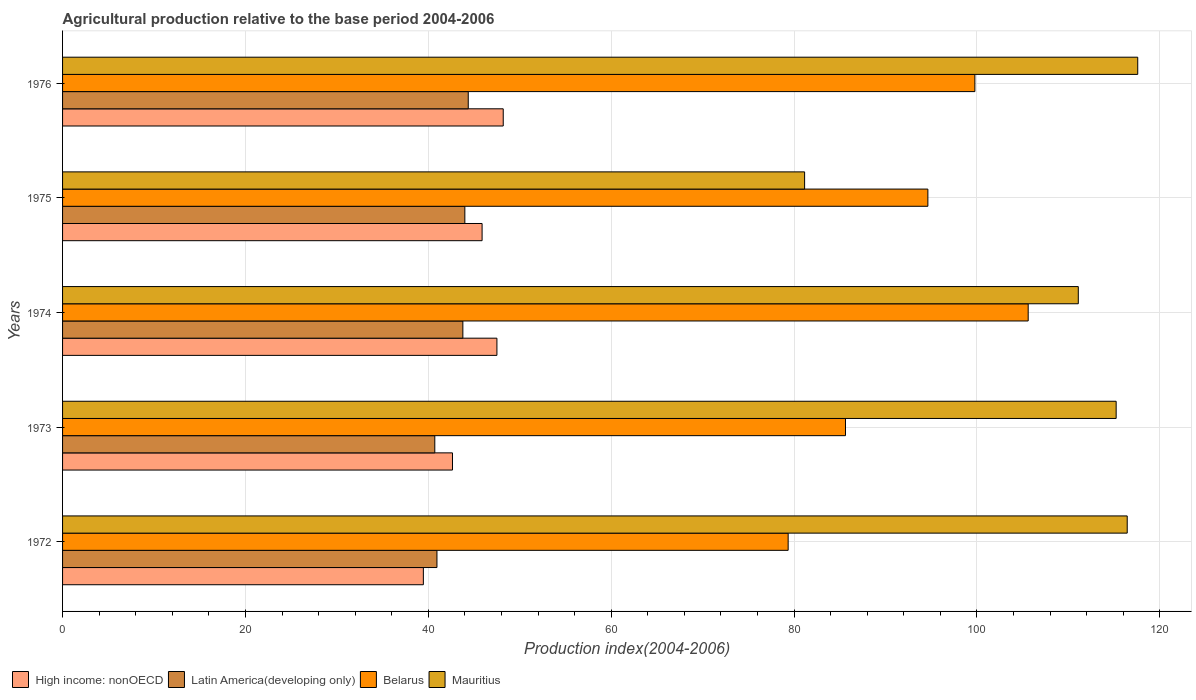
| Years | High income: nonOECD | Latin America(developing only) | Belarus | Mauritius |
 | --- | --- | --- | --- | --- |
 | 1972 | 39.5 | 40.9 | 79.3 | 116 |
 | 1973 | 42.6 | 40.7 | 85.6 | 115 |
 | 1974 | 47.5 | 43.8 | 106 | 111 |
 | 1975 | 45.9 | 44 | 94.6 | 81.2 |
 | 1976 | 48.2 | 44.4 | 99.8 | 118 |